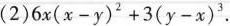
（2）$$6x(x-y)^{2}+3(y-x)^{3}.$$